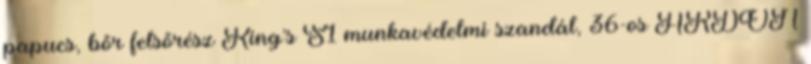
papucs, bőr felsőrész King's S1 munkavédelmi szandál, 36-os ARDON